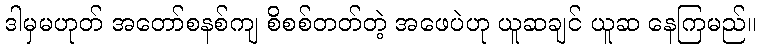
ဒါမှမဟုတ် အတော်စနစ်ကျ စိစစ်တတ်တဲ့ အဖေပဲဟု ယူဆချင် ယူဆ နေကြမည်။